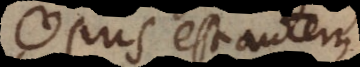
Opus est autem